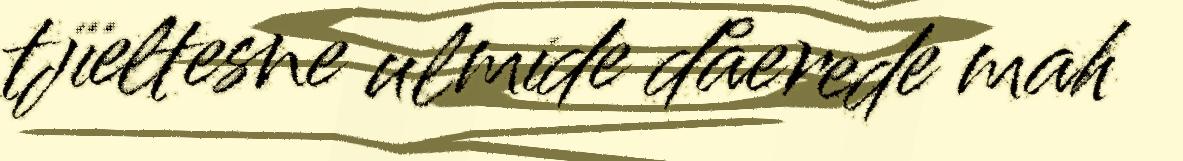
tjïeltesne ulmide dåerede mah